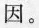
因。